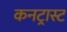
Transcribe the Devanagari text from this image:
कनट्रास्ट